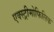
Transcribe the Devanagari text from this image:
एक्स्ट्रीमोफिलिक